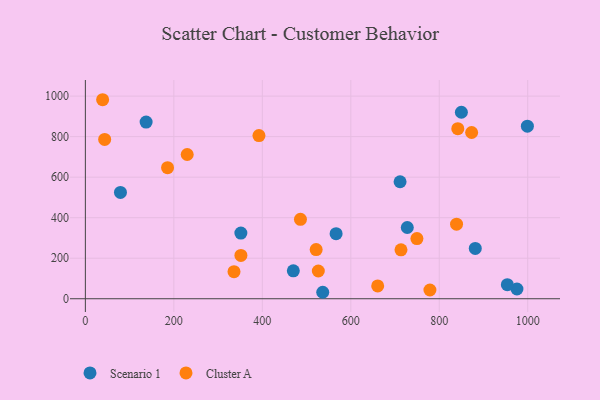
{"axis": {"x": "Study Hours", "y": "Rating"}, "legend": ["Cluster A", "Scenario 1"], "data": [{"x": "137.3", "y": 871.9, "type": "Scenario 1"}, {"x": "975.6", "y": 48.0, "type": "Scenario 1"}, {"x": "566.8", "y": 321.0, "type": "Scenario 1"}, {"x": "711.4", "y": 577.4, "type": "Scenario 1"}, {"x": "79.3", "y": 524.6, "type": "Scenario 1"}, {"x": "850.0", "y": 920.5, "type": "Scenario 1"}, {"x": "727.7", "y": 351.7, "type": "Scenario 1"}, {"x": "470.1", "y": 137.7, "type": "Scenario 1"}, {"x": "953.9", "y": 69.4, "type": "Scenario 1"}, {"x": "881.4", "y": 248.4, "type": "Scenario 1"}, {"x": "351.5", "y": 324.3, "type": "Scenario 1"}, {"x": "536.6", "y": 31.9, "type": "Scenario 1"}, {"x": "999.2", "y": 851.6, "type": "Scenario 1"}, {"x": "873.2", "y": 820.5, "type": "Cluster A"}, {"x": "336.0", "y": 133.7, "type": "Cluster A"}, {"x": "778.9", "y": 43.1, "type": "Cluster A"}, {"x": "39.0", "y": 982.2, "type": "Cluster A"}, {"x": "749.5", "y": 297.1, "type": "Cluster A"}, {"x": "521.7", "y": 242.7, "type": "Cluster A"}, {"x": "841.9", "y": 839.2, "type": "Cluster A"}, {"x": "660.8", "y": 63.0, "type": "Cluster A"}, {"x": "486.2", "y": 391.8, "type": "Cluster A"}, {"x": "839.1", "y": 368.1, "type": "Cluster A"}, {"x": "230.2", "y": 711.9, "type": "Cluster A"}, {"x": "43.6", "y": 786.4, "type": "Cluster A"}, {"x": "713.5", "y": 241.2, "type": "Cluster A"}, {"x": "392.4", "y": 805.2, "type": "Cluster A"}, {"x": "351.6", "y": 213.8, "type": "Cluster A"}, {"x": "526.6", "y": 136.8, "type": "Cluster A"}, {"x": "185.8", "y": 646.7, "type": "Cluster A"}]}